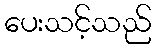
ပေးသင့်သည်